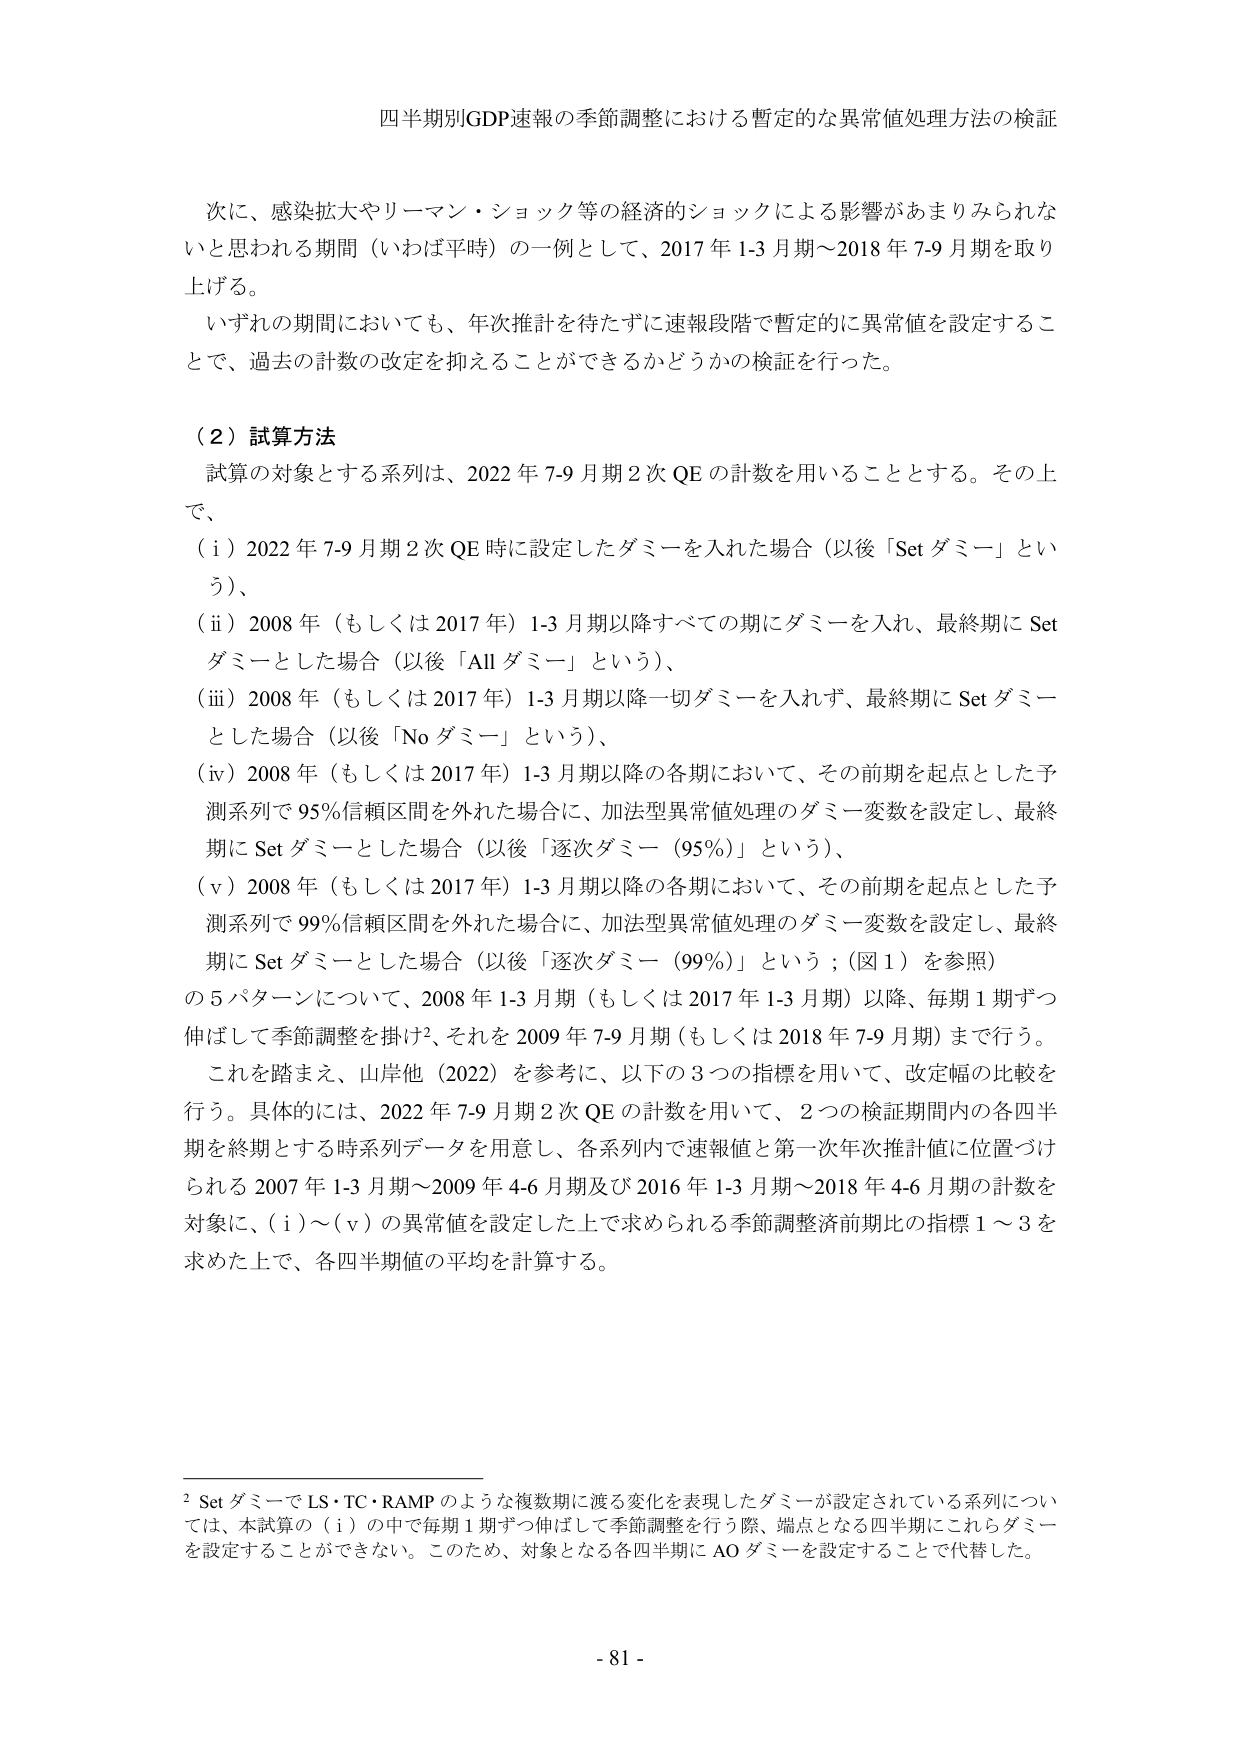
四半期別GDP速報の季節調整における暫定的な異常値処理方法の検証

次に、感染拡大やリーマン・ショック等の経済的ショックによる影響があまりみられないと思われる期間（いわば平時）の一例として、2017年1-3月期～2018年7-9月期を取り上げる。
いずれの期間においても、年次推計を待たずに速報段階で暫定的に異常値を設定することで、過去の計数の改定を抑えることができるかどうかの検証を行った。

（２）試算方法
試算の対象とする系列は、2022年7-9月期2次QEの計数を用いることとする。その上で、
（ｉ）2022年7-9月期2次QE時に設定したダミーを入れた場合（以後「Setダミー」という）、
（ｉｉ）2008年（もしくは2017年）1-3月期以降すべての期にダミーを入れ、最終期にSetダミーとした場合（以後「Allダミー」という）、
（ｉｉｉ）2008年（もしくは2017年）1-3月期以降一切ダミーを入れず、最終期にSetダミーとした場合（以後「Noダミー」という）、
（ｉｖ）2008年（もしくは2017年）1-3月期以降の各期において、その前期を起点とした予測系列で95％信頼区間を外れた場合に、加法型異常値処理のダミー変数を設定し、最終期にSetダミーとした場合（以後「逐次ダミー（95％）」という）、
（ｖ）2008年（もしくは2017年）1-3月期以降の各期において、その前期を起点とした予測系列で99％信頼区間を外れた場合に、加法型異常値処理のダミー変数を設定し、最終期にSetダミーとした場合（以後「逐次ダミー（99％）」という；（図1）を参照）
の5パターンについて、2008年1-3月期（もしくは2017年1-3月期）以降、毎期1期ずつ伸ばして季節調整を掛け、それを2009年7-9月期（もしくは2018年7-9月期）まで行う。
これを踏まえ、山岸他（2022）を参考に、以下の3つの指標を用いて、改定幅の比較を行う。具体的には、2022年7-9月期2次QEの計数を用いて、2つの検証期間内の各四半期を終期とする時系列データを用意し、各系列内で速報値と第一次年次推計値に位置づけられる2007年1-3月期～2009年4-6月期及び2016年1-3月期～2018年4-6月期の計数を対象に、（ｉ）～（ｖ）の異常値を設定した上で求められる季節調整済前期比の指標1～3を求めた上で、各四半期値の平均を計算する。

² SetダミーでLS・TC・RAMPのような複数期に渡る変化を表現したダミーが設定されている系列については、本試算の（ｉ）の中で毎期1期ずつ伸ばして季節調整を行う際、端点となる四半期にこれらダミーを設定することができない。このため、対象となる各四半期にAOダミーを設定することで代替した。

- 81 -